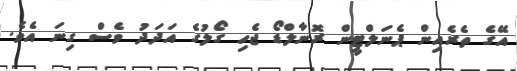
އޭގެ ތެރެއިން ޕެނަލްޓީން ރޮނާލްޑޯ ޖެހި ގޯލުގެ އަދަދު ވެސް ގިނަ އެވެ.